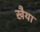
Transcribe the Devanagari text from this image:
खैया